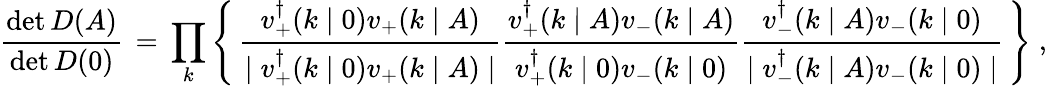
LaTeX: \frac{\operatorname*{det}D(A)}{\operatorname*{det}D(0)}\, =\, \prod_{k}\left\{ \, \frac{v_{+}^{\dagger}(k\mid 0)v_{+}(k\mid A)}{\mid v_{+}^{\dagger}(k\mid 0)v_{+}(k\mid A)\mid}\frac{v_{+}^{\dagger}(k\mid A)v_{-}(k\mid A)}{v_{+}^{\dagger}(k\mid 0)v_{-}(k\mid 0)}\frac{v_{-}^{\dagger}(k\mid A)v_{-}(k\mid 0)}{\mid v_{-}^{\dagger}(k\mid A)v_{-}(k\mid 0)\mid}\, \right\} \; ,